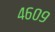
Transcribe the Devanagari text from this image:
४६०९